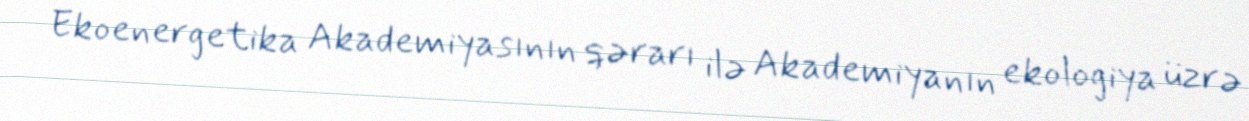
Ekoenergetika Akademiyasının qərarı ilə Akademiyanın ekologiya üzrə